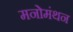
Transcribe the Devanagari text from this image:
मनोमंथन